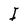
Character: I